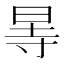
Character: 㫭